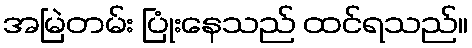
အမြဲတမ်း ပြုံးနေသည် ထင်ရသည်။